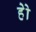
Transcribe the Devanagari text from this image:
हेेो